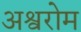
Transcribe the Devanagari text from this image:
अश्वरोम